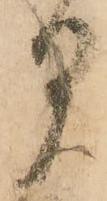
月